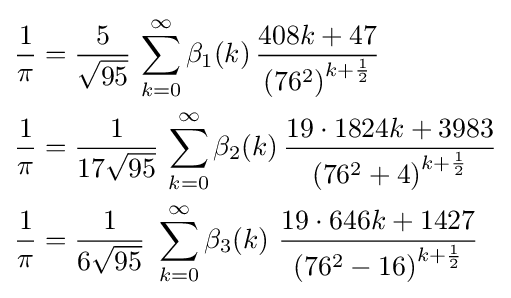
{\begin{aligned}{\frac {1}{\pi }}&={\frac {5}{\sqrt {95}}}\,\sum _{k=0}^{\infty }\beta _{1}(k)\,{\frac {408k+47}{\left(76^{2}\right)^{k+{\frac {1}{2}}}}}\\{\frac {1}{\pi }}&={\frac {1}{17{\sqrt {95}}}}\,\sum _{k=0}^{\infty }\beta _{2}(k)\,{\frac {19\cdot 1824k+3983}{\left(76^{2}+4\right)^{k+{\frac {1}{2}}}}}\\{\frac {1}{\pi }}&={\frac {1}{6{\sqrt {95}}}}\,\,\sum _{k=0}^{\infty }\beta _{3}(k)\,\,{\frac {19\cdot 646k+1427}{\left(76^{2}-16\right)^{k+{\frac {1}{2}}}}}\\\end{aligned}}